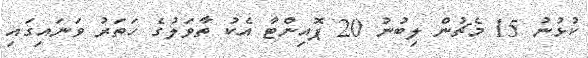
ކުޅުނު 15 މެޗުން ލިބުނު 20 ޕޮއިންޓާ އެކު ތާވަލުގެ ހަތަރު ވަނައިގައި